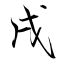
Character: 戌